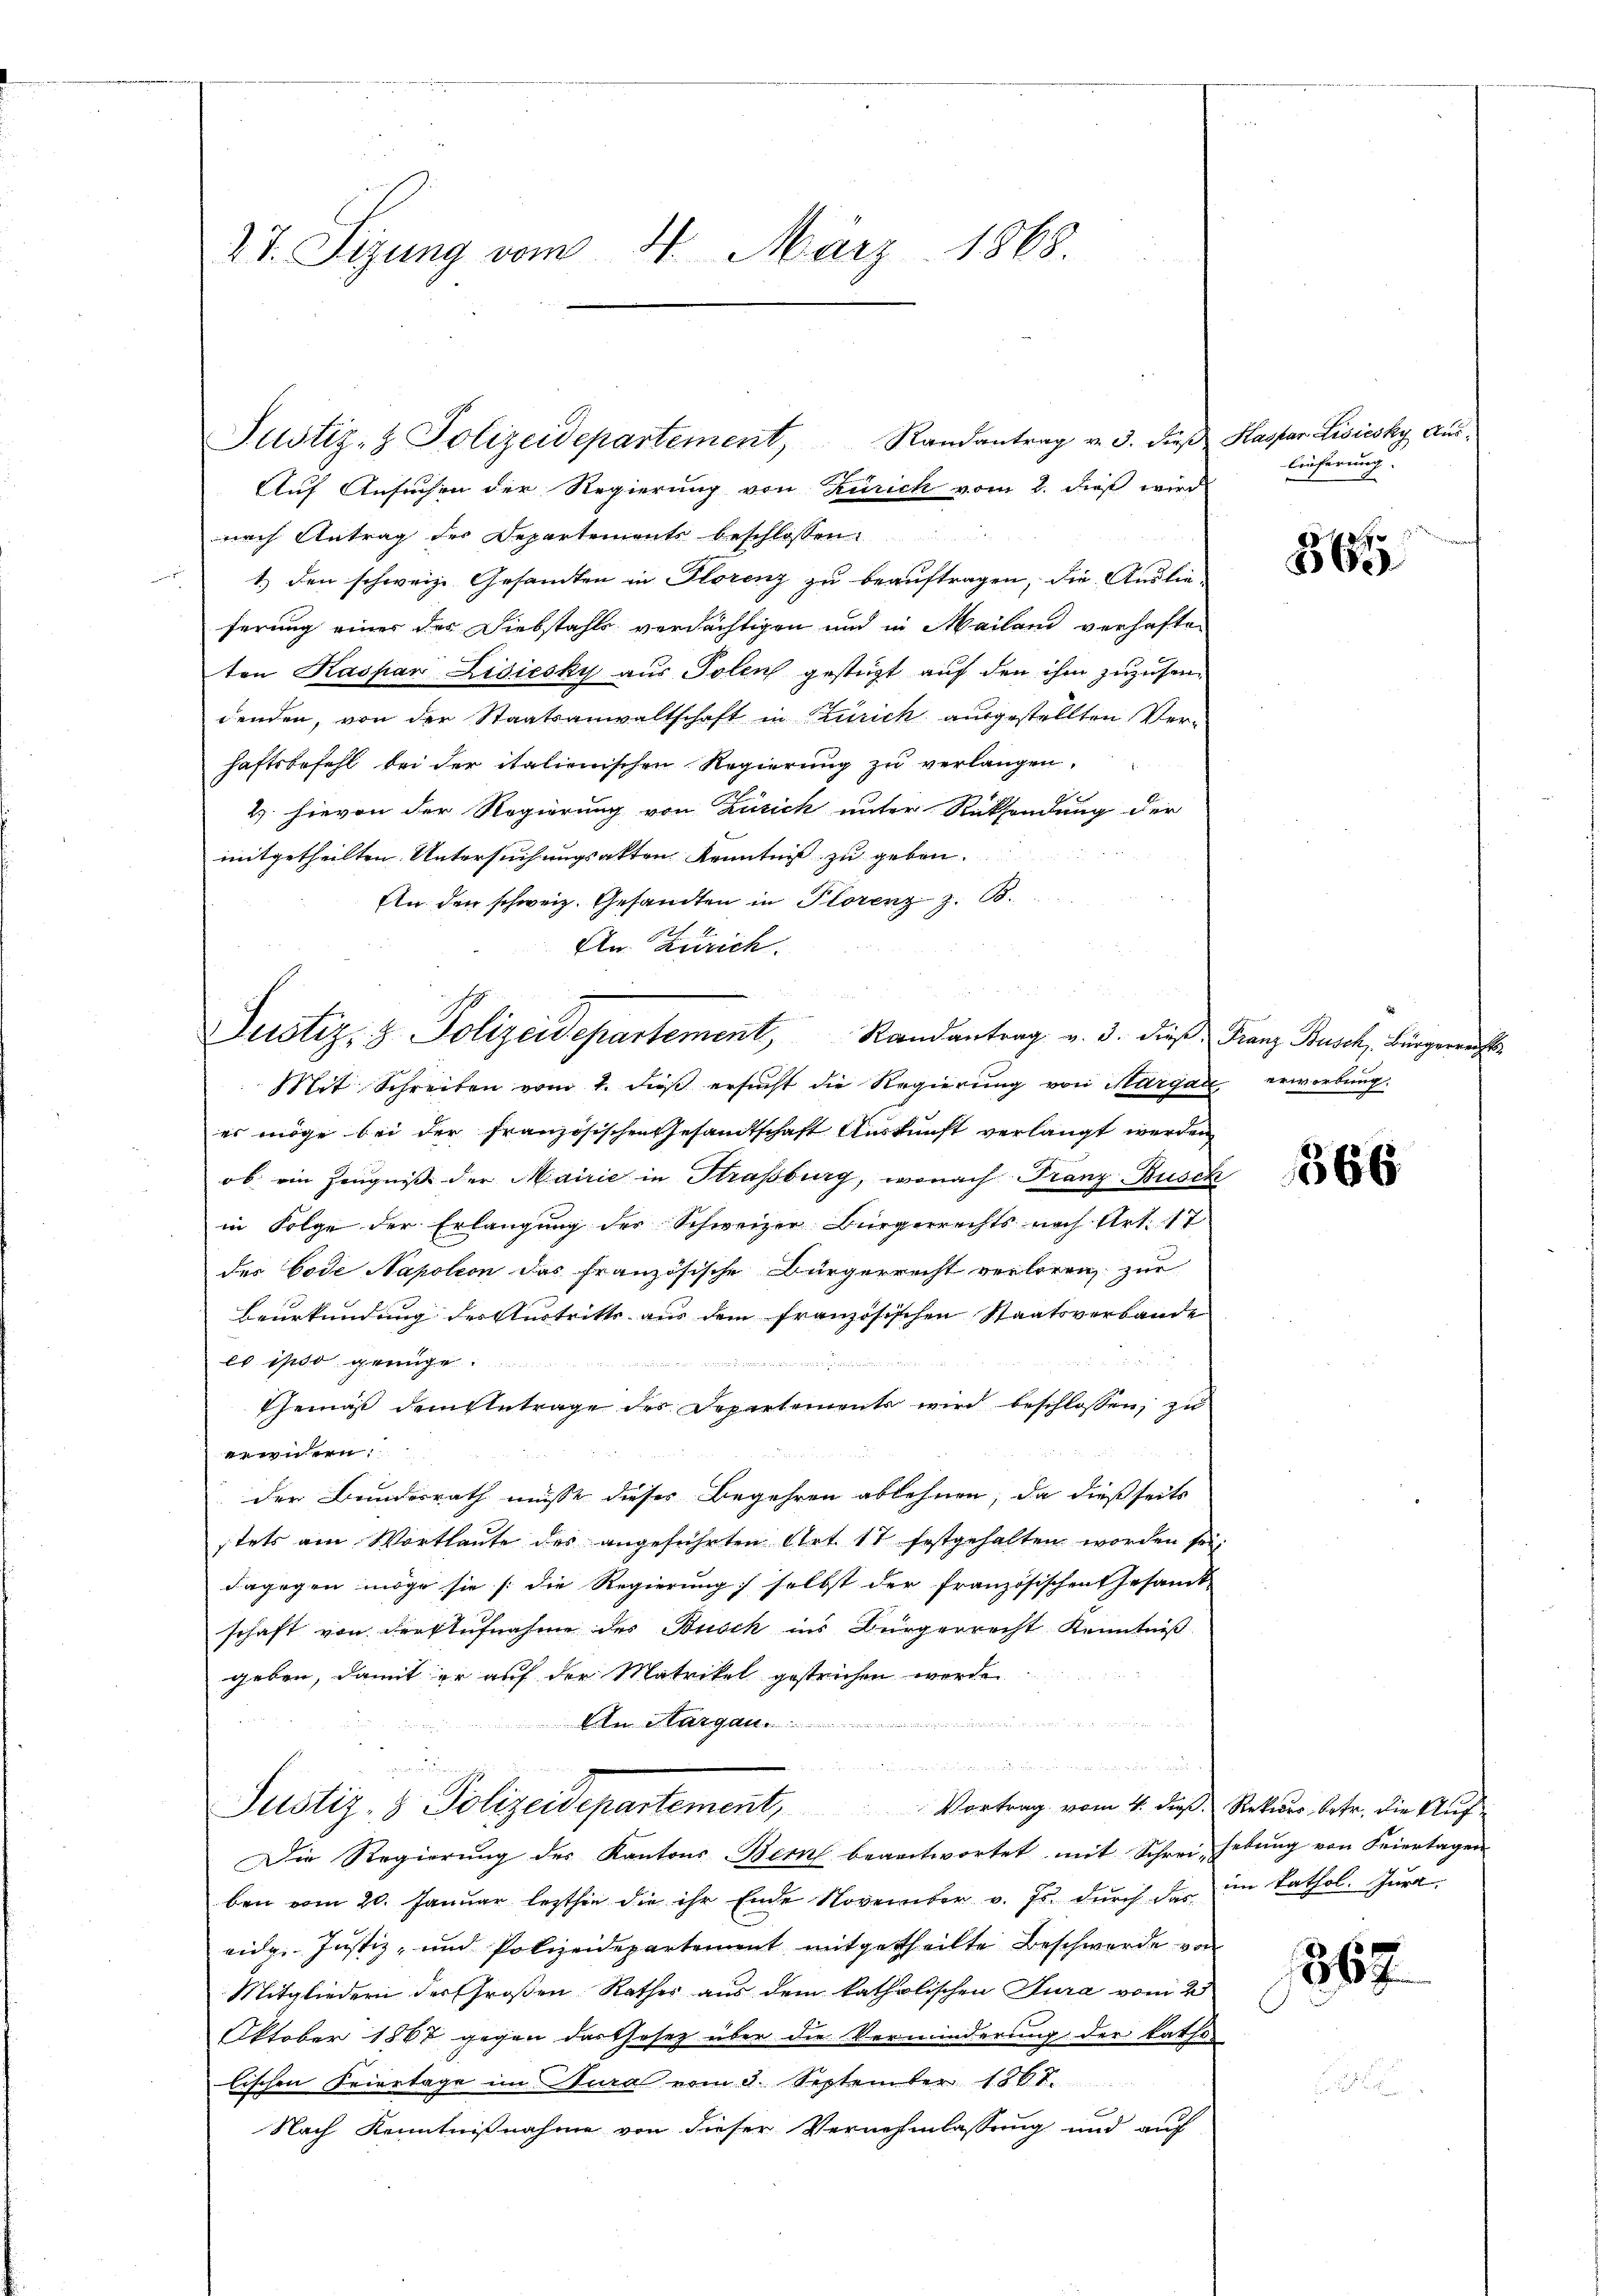
27. Sizung vom 4. März 1868.

nach Antrag der Departements beschlossen:
1.) den schweiz. Gesamten in Florenz zu beauftragen, die Auslie-
ferung einer der Diebstahls verdächtigen und in Mailand verhaften
ten Kaspar Lidiésky aus Polen gestüzt auf den ihm zuzusendenden, von der Staatsanwaltschaft in Zürich ausgestellten Verhaftsbefehl bei der italionischen Regierung zu verlangen.
2 hievon der Regierung von Zürich unter Rücksendung der
 0 f 48 x
mitgetheilten Untersuchungsakten Kenntniß zu geben.
Eln den schweiz. Gesandten in Plorenz z. B.
An Zürich.
Justiz- & Polizeidepartement, Randantrag v. 3. dies Franz Busch. Bürgerrechts
Mit Schreiben vom 1. dieß ersucht die Regierung von Margau erwerbung.
es möge bei der französischen Gesandtschaft Auskunft verlangt werden
ob ein Zeugniß der Mairie in Strassburg, wonach Franz Busch
in Folge der Erlangung der Schweizer Bürgerrechts nach Art. 17
des Code Napoleon das französische Bürgerrecht verloren zur
Beurkundung des Austritts aus dem französischen Staatsverbande
es ipso genüge

Gemäß dem Antrage des Departements wird beschlossen, zu
widern:
der Bundesrath müsse dieses Begehren ablehnen, da dießseits
stets am Wortlaute des angeführten Art. 17 festgehalten worden sei;
dagegen möge sie [die Regierung) selbst der französischen Gesamt
schaft von der Aufnahme des Busch ins Bürgerrecht Kenntniss
geben, damit er auf der Matrikel gestrichen werde.
u
An Margau.  ........
der seine Beleute daher die nun an der Bunde er die 2. Sept.
Justiz- & Polizeidepartement, Vortrag vom 4. die Reuer betr. die Auf-
Die Regierŭng des Kantons Bern beantwortet mit Schrei Hebŭng von Feiertagen
ben vom 20. Januar lezthin die ihr Ende November v. Js. dŭrch das im kathol. Jura
eidg. Justiz- und Polizeidepartement mitgetheilte Beschwerde von
Mitgliedern des Großen Rathes aus dem katholischen Jura vom 2
Oktober 1867 gegen das Thesez über die Verminderung der katho
lischen Feiertage im Jura vom 3. September 1806.
x
Nach Kenntnißnahme von dieser Vernehmlassung und auf

Justiz- & Polizeidepartement, Randantrag v. 3. dieβ Kaspar Lisiesky Aŭs-
Auf Ansuchen der Regierung von Zürich vom 8. dieß wird

u

lieferung.

14
2) Ge

366

867